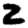
Digit: 2